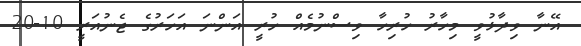
އޭނާ ވިދާޅުވީ މިހާރު ހުރިހާ ވިސްނުމެއް ހުރީ އަންނަ އަހަރުގެ ޖެނުއަރީ 10-20